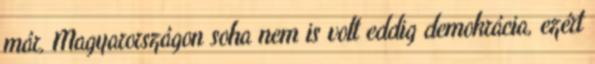
már, Magyarországon soha nem is volt eddig demokrácia, ezért